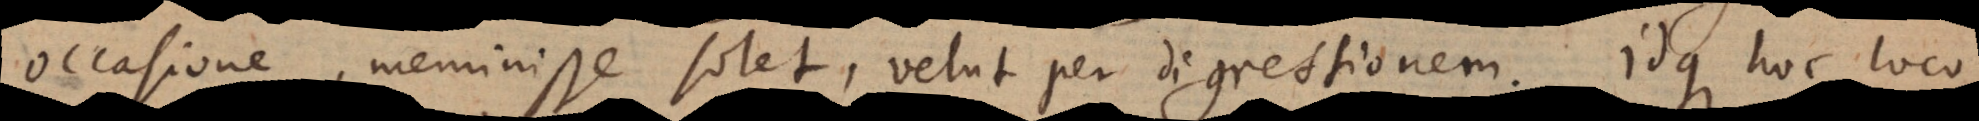
occasione, meminisse solet, velut per digressionem. Idque hoc loco